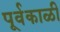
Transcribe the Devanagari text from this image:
पूर्वकाळी